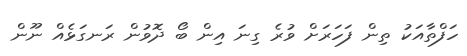
ހަފްތާއަކު ތިން ފަހަރަށް ވުރެ ގިނަ އިން ބޯ ދޮވުން ރަނގަޅެއް ނޫން